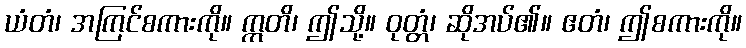
ယံတံ၊ အကြင်စကားကို။ ဣတိ၊ ဤသို့။ ဝုတ္တံ၊ ဆိုအပ်၏။ ဧတံ၊ ဤစကားကို။